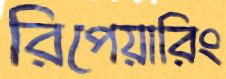
রিপেয়ারিং